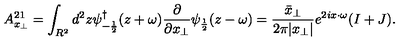
A _ { x _ { \perp } } ^ { 2 1 } = \int _ { R ^ { 2 } } d ^ { 2 } z \psi _ { - \frac { 1 } { 2 } } ^ { \dagger } ( z + \omega ) \frac { \partial } { \partial x _ { \perp } } \psi _ { \frac { 1 } { 2 } } ( z - \omega ) = \frac { \bar { x } _ { \perp } } { 2 \pi | x _ { \perp } | } e ^ { 2 i x \cdot \omega } ( I + J ) .